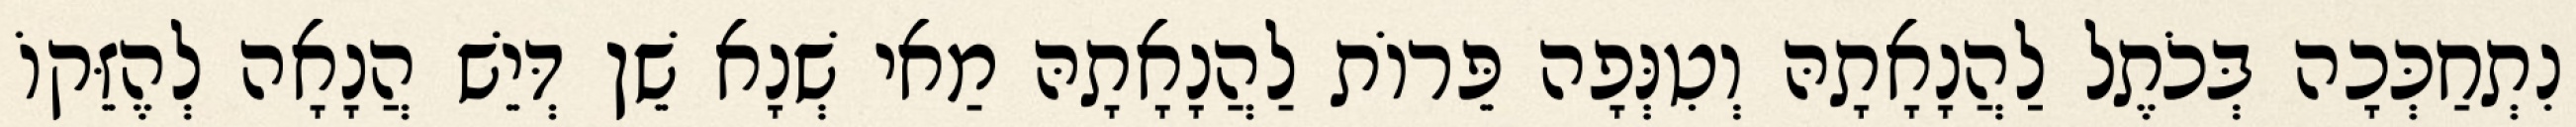
נִתְחַכְּכָה בְּכֹתֶל לַהֲנָאָתָהּ וְטִנְּפָה פֵּרוֹת לַהֲנָאָתָהּ מַאי שְׁנָא שֵׁן דְּיֵשׁ הֲנָאָה לְהֶזֵּקוֹ